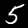
Digit: 5